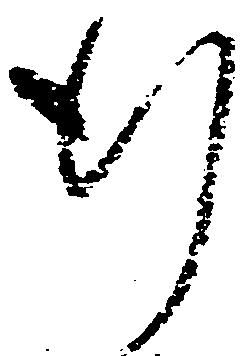
行